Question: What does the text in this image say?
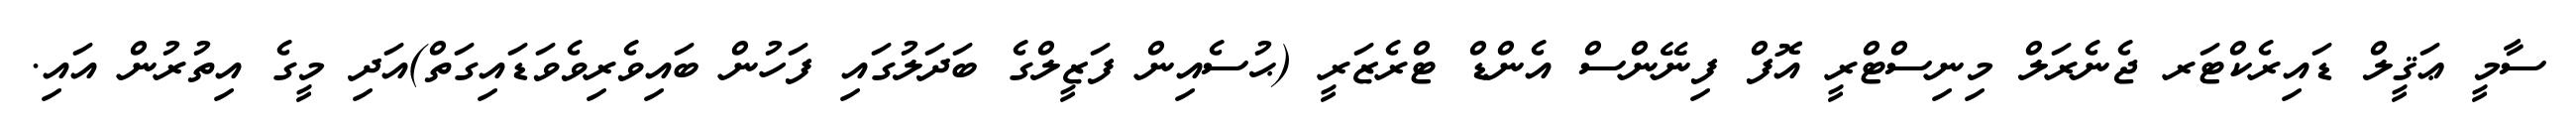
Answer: ސާމީ ޢަޤީލް ޑައިރެކްޓަރ ޖެނެރަލް މިނިސްޓްރީ އޮފް ފިނޭންސް އެންޑް ޓްރެޒަރީ (ޙުސެއިން ފަޒީލްގެ ބަދަލުގައި ފަހުން ބައިވެރިވެވަޑައިގަތް)އަދި މީގެ އިތުރުން އައި.